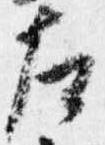
左